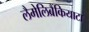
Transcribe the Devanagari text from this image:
लैमेलिब्रैंकियाटा